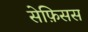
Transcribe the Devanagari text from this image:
सेफ़िसस